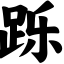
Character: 跞